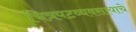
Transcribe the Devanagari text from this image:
चित्रपटव्यवसायाचे